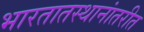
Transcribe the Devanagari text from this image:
भारतातस्थानांतरीत